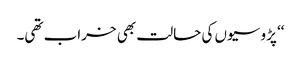
‘‘ پڑوسیوں کی حالت بھی خراب تھی۔